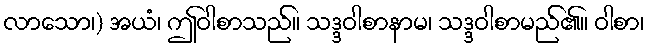
လာသော၊) အယံ၊ ဤဝါစာသည်။ သဒ္ဒဝါစာနာမ၊ သဒ္ဒဝါစာမည်၏။ ဝါစာ၊